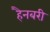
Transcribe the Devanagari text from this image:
हैनबरी